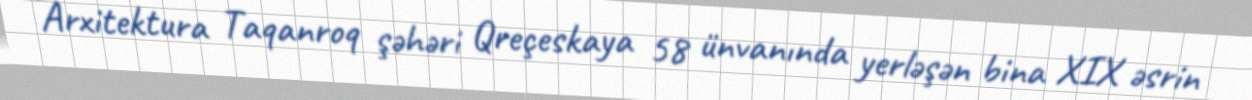
Arxitektura Taqanroq şəhəri Qreçeskaya 58 ünvanında yerləşən bina XIX əsrin